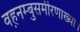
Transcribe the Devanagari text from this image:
वह़नम्‍बुसमीरणाख्‍या।